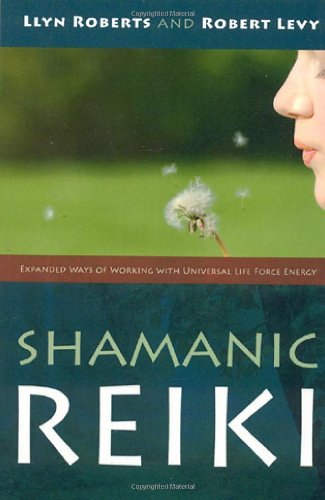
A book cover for Shamanic Reiki: Expanded Ways of Working with Universal Life Force Energy; Llyn Roberts; Health, Fitness & Dieting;